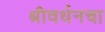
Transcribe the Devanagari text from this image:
श्रीवर्धनचा